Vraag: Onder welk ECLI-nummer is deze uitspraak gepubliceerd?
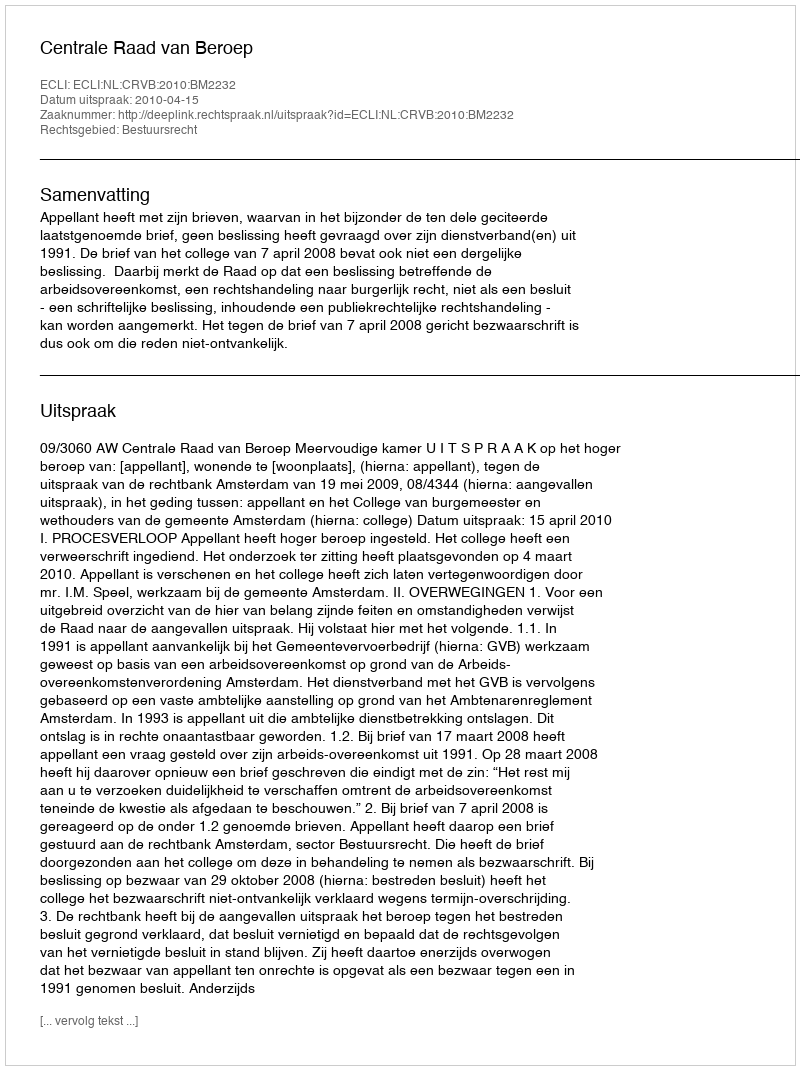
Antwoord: ECLI:NL:CRVB:2010:BM2232